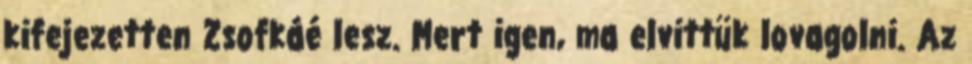
kifejezetten Zsofkáé lesz. Mert igen, ma elvittük lovagolni. Az